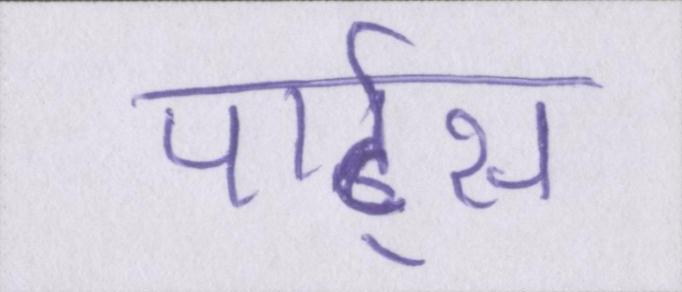
पार्ट्स